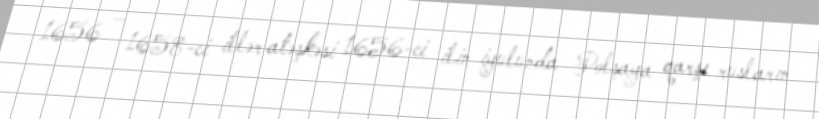
1656 – 1658-ci illər atəşkəsi 1656-ci ilin iyulunda Polşaya qarşı rusların